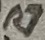
Text: R7